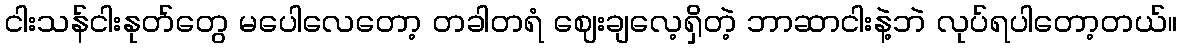
ငါးသန်ငါးနုတ်တွေ မပေါလေတော့ တခါတရံ ဈေးချလေ့ရှိတဲ့ ဘာဆာငါးနဲ့ဘဲ လုပ်ရပါတော့တယ်။